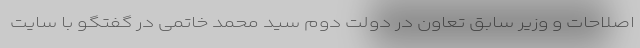
اصلاحات و وزیر سابق تعاون در دولت دوم سید محمد خاتمی در گفتگو با سایت